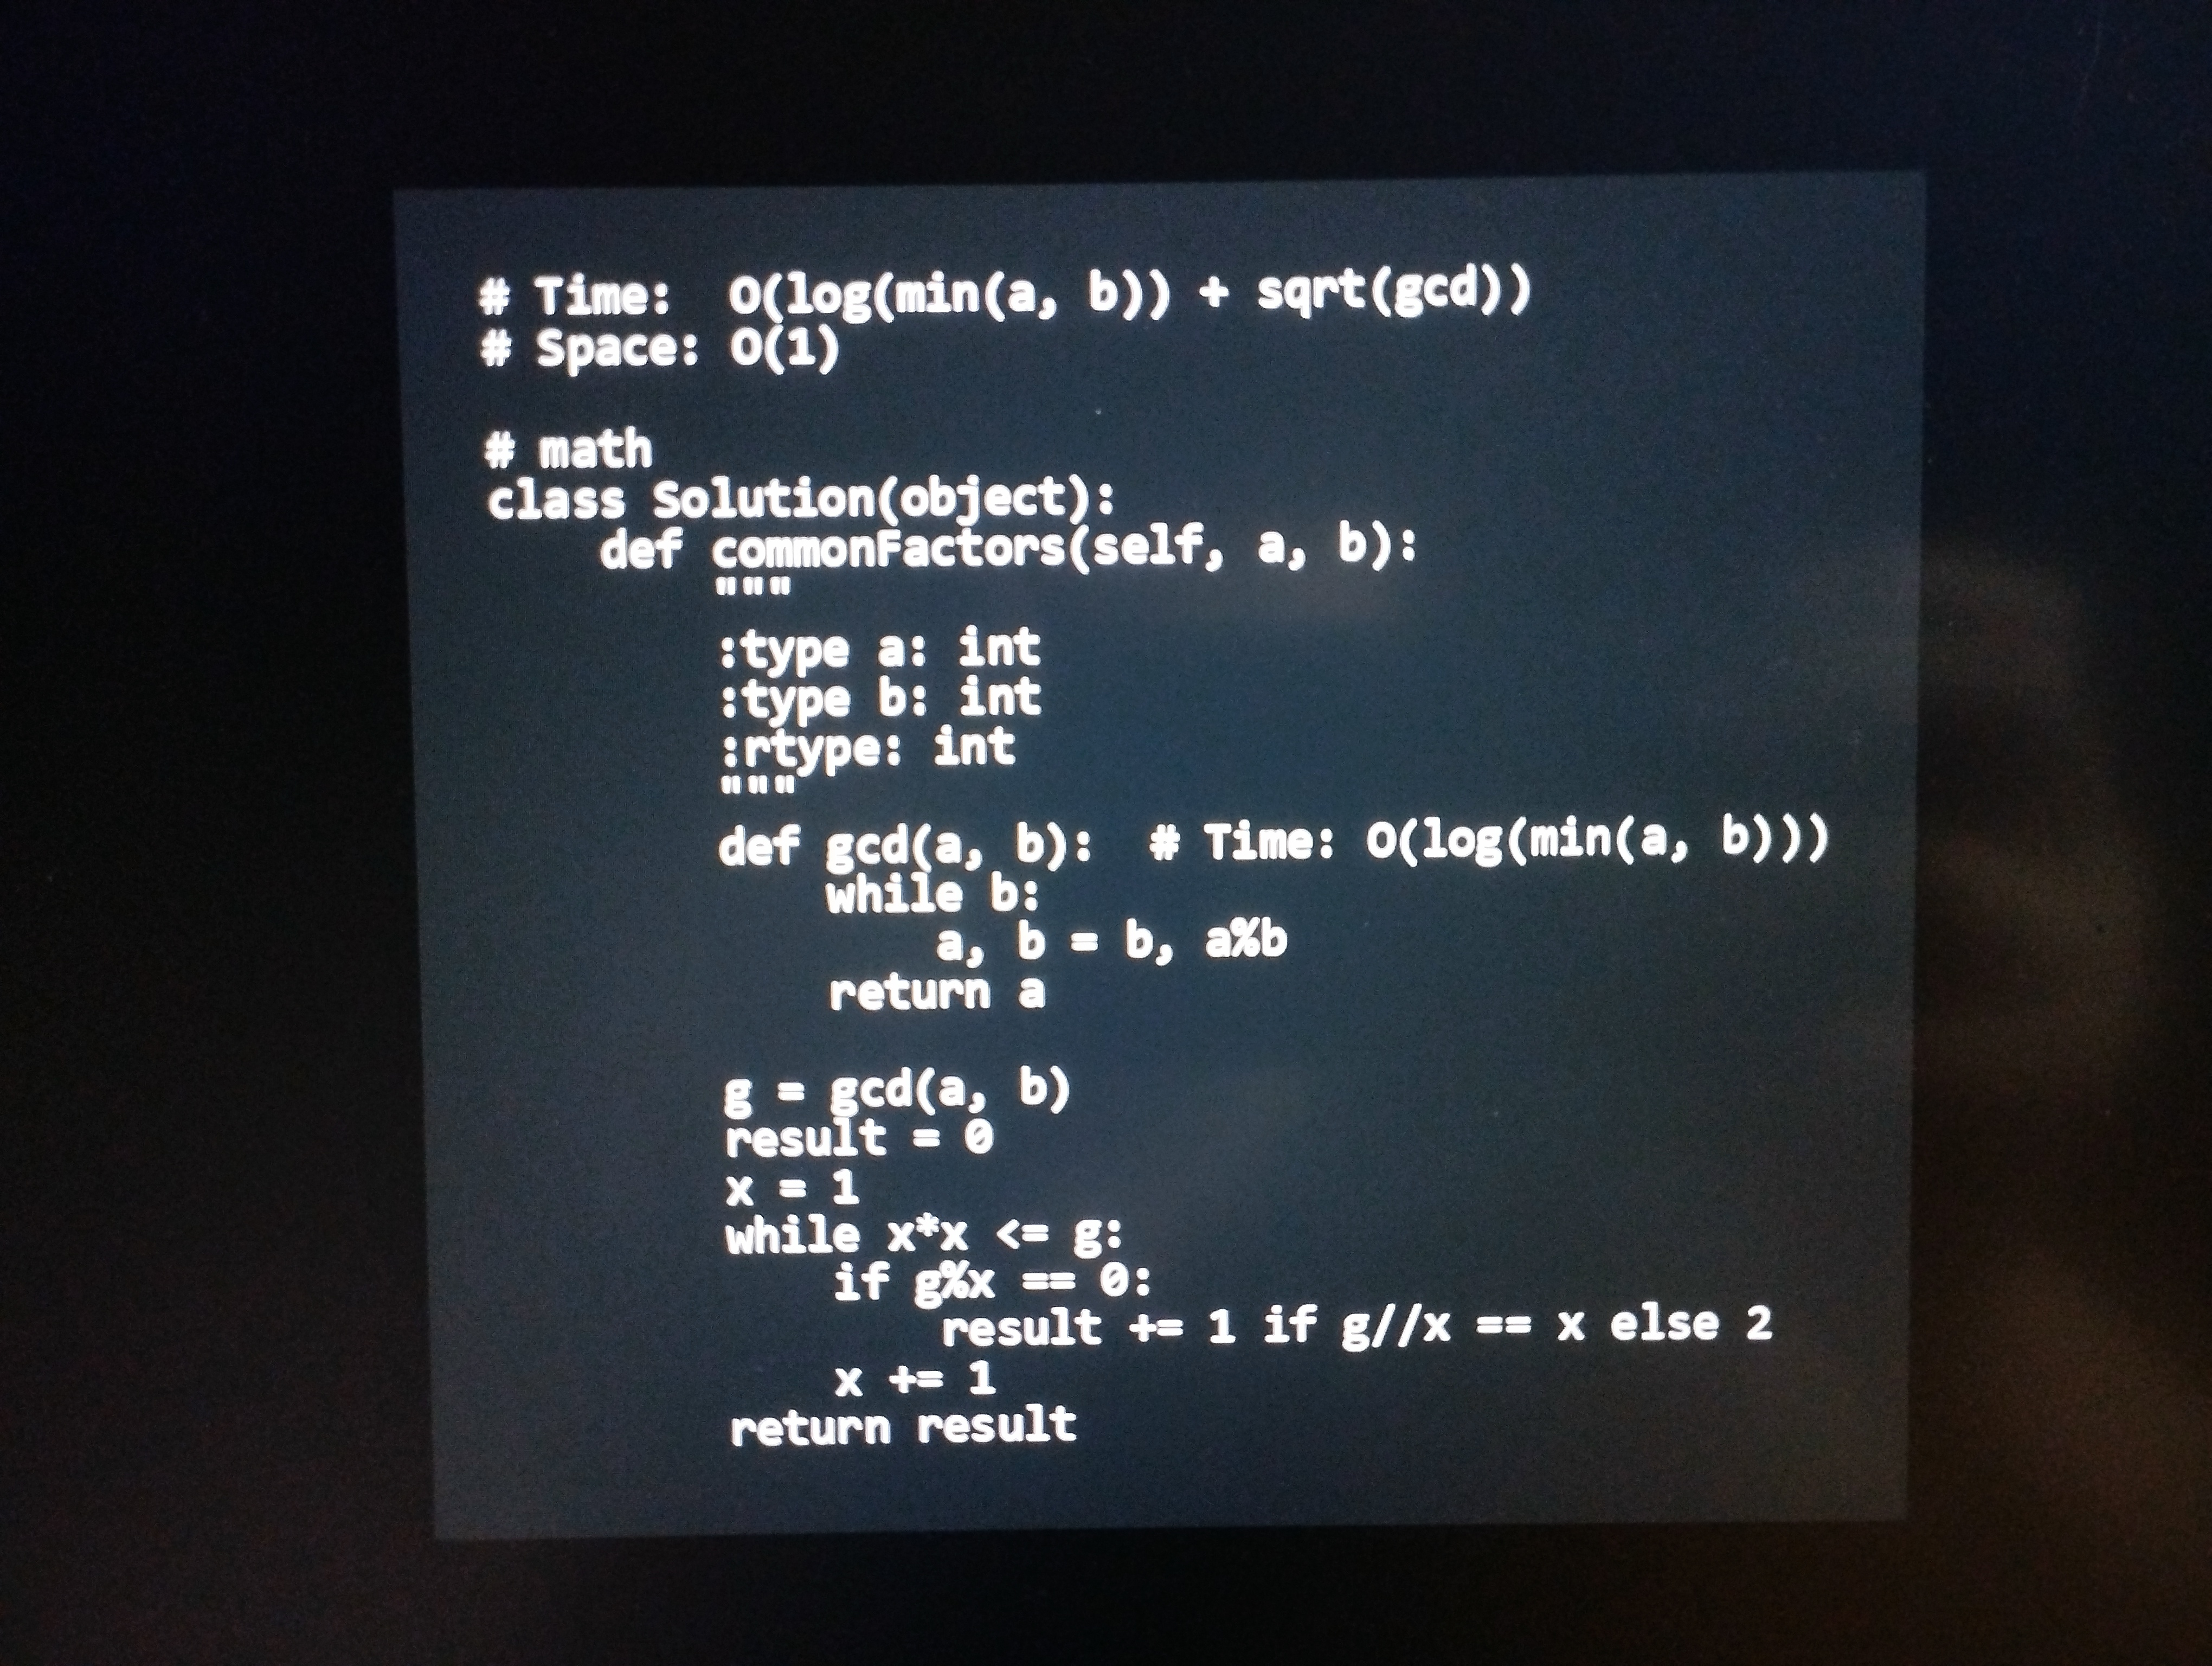
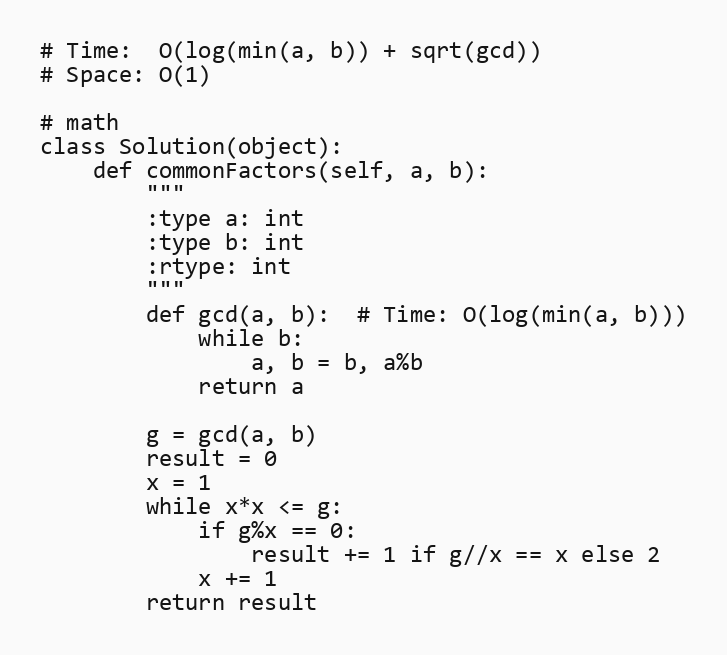
# Time:  O(log(min(a, b)) + sqrt(gcd))
# Space: O(1)

# math
class Solution(object):
    def commonFactors(self, a, b):
        """
        :type a: int
        :type b: int
        :rtype: int
        """
        def gcd(a, b):  # Time: O(log(min(a, b)))
            while b:
                a, b = b, a%b
            return a

        g = gcd(a, b)
        result = 0
        x = 1
        while x*x <= g:
            if g%x == 0:
                result += 1 if g//x == x else 2
            x += 1
        return result